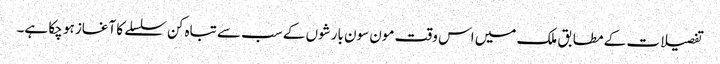
تفصیلات کے مطابق ملک میں اس وقت مون سون بارشوں کے سب سے تباہ کن سلسلے کا آغاز ہو چکا ہے۔